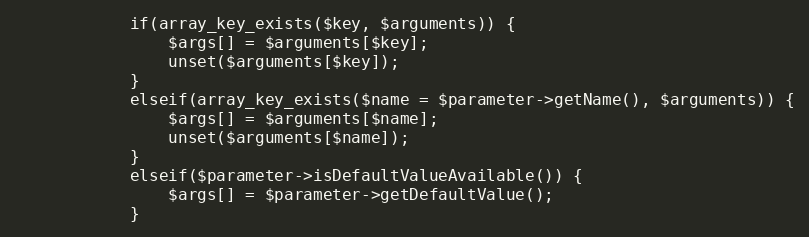
Language: PHP
            if(array_key_exists($key, $arguments)) {
                $args[] = $arguments[$key];
                unset($arguments[$key]);
            }
            elseif(array_key_exists($name = $parameter->getName(), $arguments)) {
                $args[] = $arguments[$name];
                unset($arguments[$name]);
            }
            elseif($parameter->isDefaultValueAvailable()) {
                $args[] = $parameter->getDefaultValue();
            }